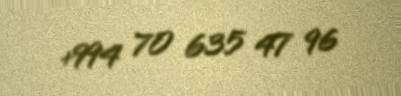
+994 70 635 47 96